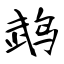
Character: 鹉